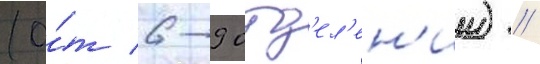
(о́т 6-9 отд'ел'ен'ии) //